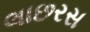
લાછરસ